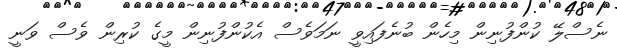
ނެސްލޭ ކުންފުނިން މިހެން ބުނެފައިވީ ނަމަވެސް އެކުންފުނިން މީގެ ކުރިން ވެސް ވަނީ